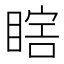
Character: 𰥷